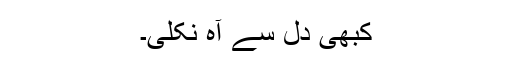
کبھی دل سے آہ نکلی۔